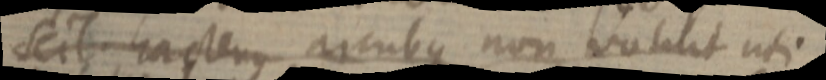
scil. hactenus arcubus non volunt uti